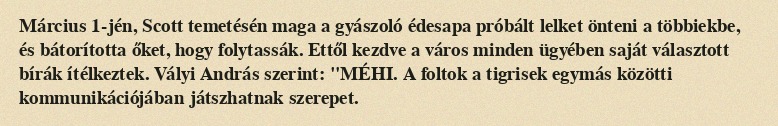
Március 1-jén, Scott temetésén maga a gyászoló édesapa próbált lelket önteni a többiekbe, és bátorította őket, hogy folytassák. Ettől kezdve a város minden ügyében saját választott bírák ítélkeztek. Vályi András szerint: "MÉHI. A foltok a tigrisek egymás közötti kommunikációjában játszhatnak szerepet.